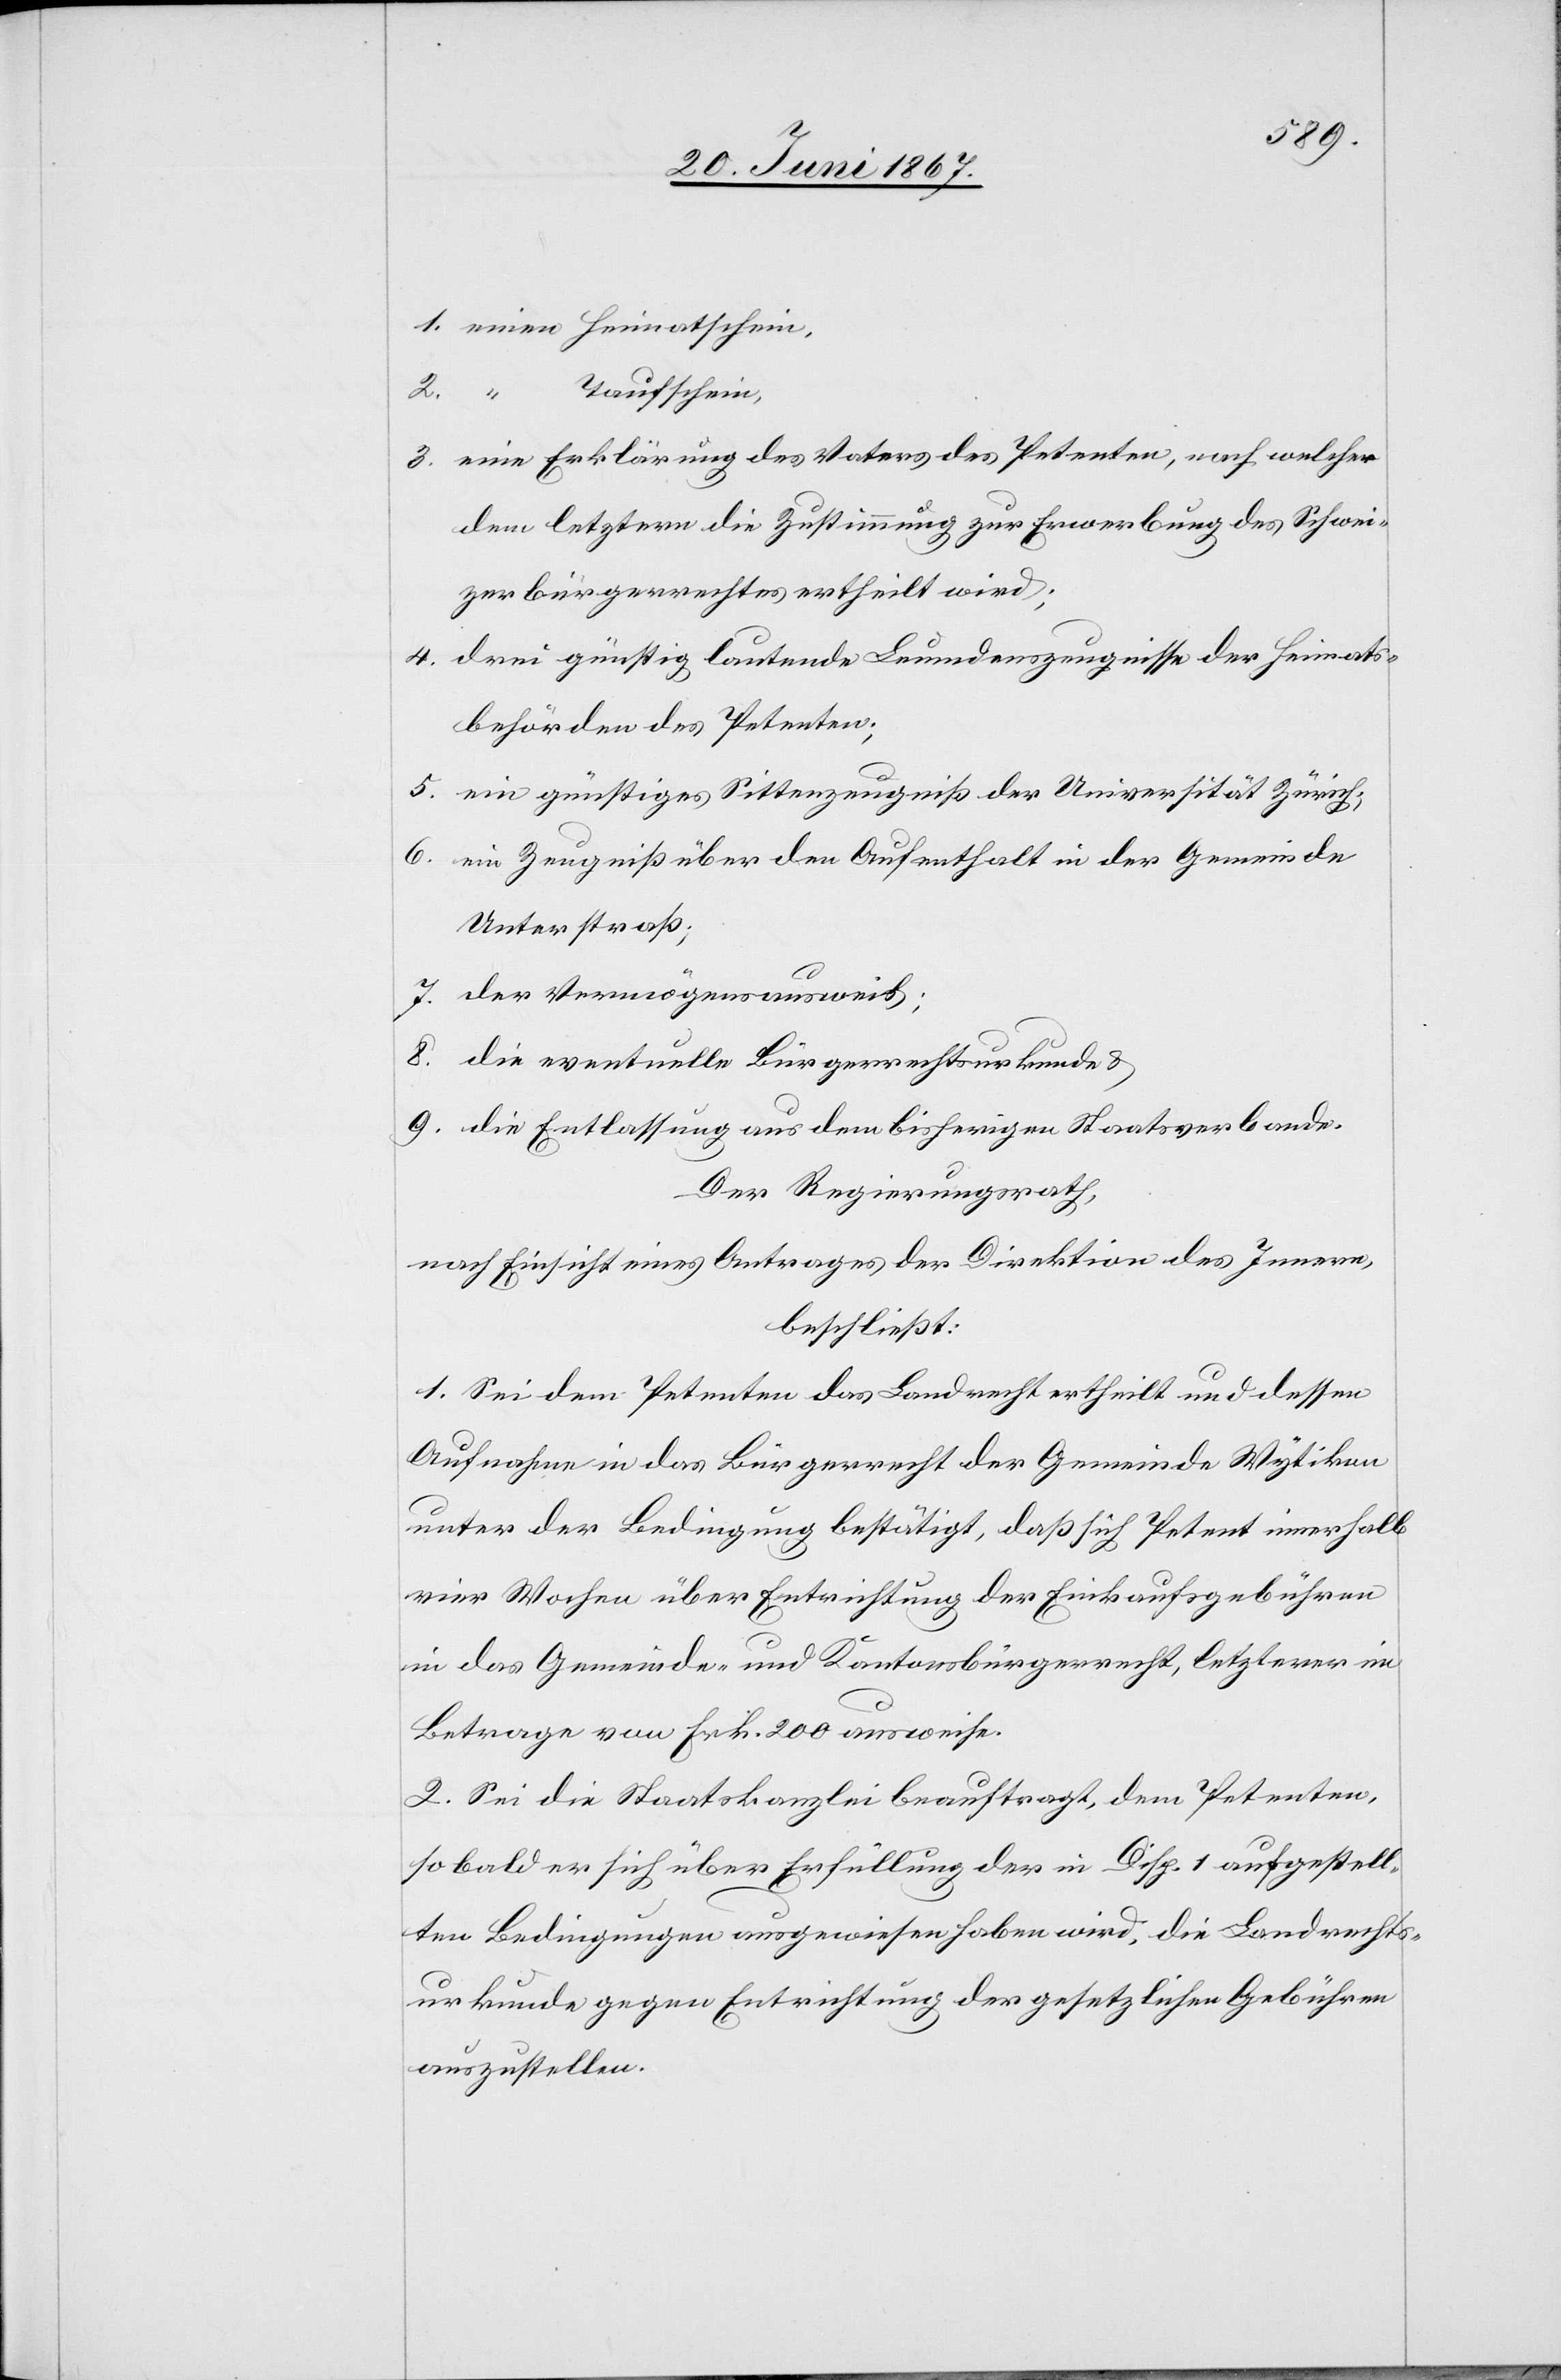
1. einen Heimatschein,
2. “
Taufschein,
3. eine Erklärung des Vaters des Petenten, nach welcher
dem letztern die Zustimmung zur Erwerbung des Schwei¬
zer Bürgerrechtes ertheilt wird;
4. drei günstig lautende Leumdenszeugnisse der Heimats¬
behörden des Petenten;
5. ein günstiges Sittenzeugniß der Universität Zürich;
6. ein Zeugniß über den Aufenthalt in der Gemeinde
Unterstraß;
7. der Vermögensausweiß;
8. die eventuelle Bürgerrechtsurkunde u.
9. die Entlassung aus dem bisherigen Staatsverbande.
Der Regierungsrath,
nach Einsicht eines Antrages der Direktion des Innern,
beschließt:
1. Sei dem Petenten das Landrecht ertheilt und dessen
Aufnahme in das Bürgerrecht der Gemeinde Wytikon
unter der Bedingung bestätigt, daß sich Petent innerhalb
vier Wochen über Entrichtung der Einkaufsgebühren
in das Gemeinde- und Kantonsbürgerrecht, letzterer im
Betrage von Frk. 200 ausweise.
2. Sei die Staatskanzlei beauftragt, dem Petenten,
so bald er sich über Erfüllung der in Disp. 1 aufgestell¬
ten Bedingungen ausgewiesen haben wird, die Landrechts¬
urkunde gegen Entrichtung der gesetzlichen Gebühren
auszustellen.